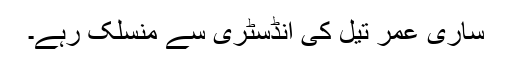
ساری عمر تیل کی انڈسٹری سے منسلک رہے۔